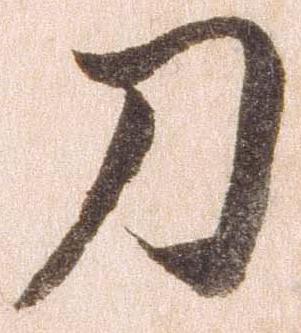
刀